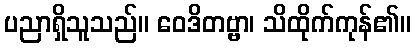
ပညာရှိသူသည်။ ဝေဒိတဗ္ဗာ၊ သိထိုက်ကုန်၏။